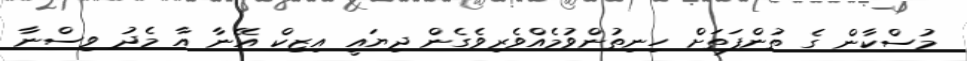
މުސްކާން ގެ ތުންފަތަށް ހިނިތުންވުމެއްވެރިވެގެން ދިޔައީ އިޒިކް އޭނާ އާ މެދު ވިސްނާ